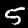
Digit: 5